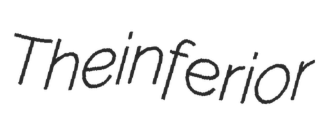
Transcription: The inferior